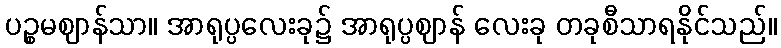
ပဉ္စမဈာန်သာ။ အာရုပ္ပလေးခု၌ အာရုပ္ပဈာန် လေးခု တခုစီသာရနိုင်သည်။